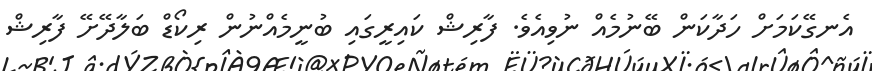
އެނގޭކަމަށް ހަދާކަން ބޭނުމެއް ނުވިއެވެ. ފާރިޝް ކައިރީގައި ބުނީމެއްނުން ރިކޯޑް ބަލާދޭށޭ ފާރިޝް